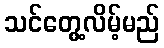
သင်တွေ့လိမ့်မည်